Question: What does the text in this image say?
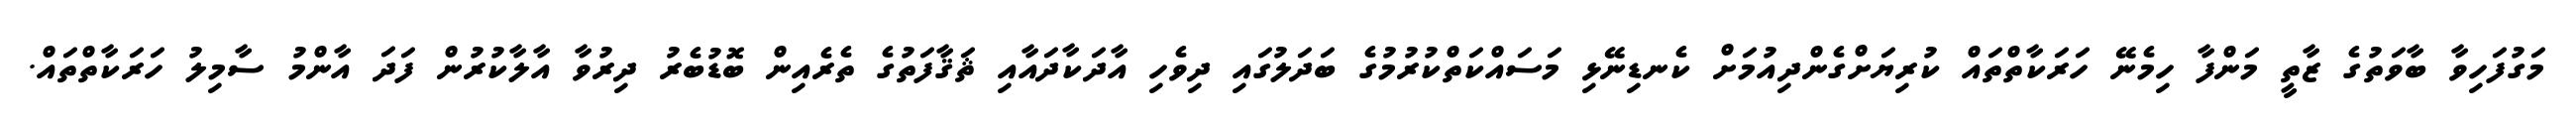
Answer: މަގުފަހިވާ ބާވަތުގެ ޒާތީ މަންފާ ހިމެނޭ ހަރަކާތްތައް ކުރިޔަށްގެންދިއުމަށް ކެނޑިނޭޅި މަސައްކަތްކުރުމުގެ ބަދަލުގައި ދިވެހި އާދަކާދައާއި ޘަޤާފަތުގެ ތެރެއިން ބޮޑުބެރު ދިރުވާ އާލާކުރުން ފަދަ އާންމު ސާމިލު ހަރަކާތްތައް.